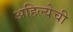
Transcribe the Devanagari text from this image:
अहिल्येची